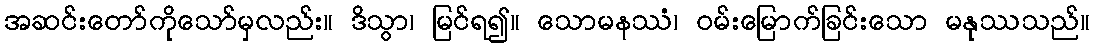
အဆင်းတော်ကိုသော်မှလည်း။ ဒိသွာ၊ မြင်ရ၍။ သောမနဿံ၊ ဝမ်းမြောက်ခြင်းသော မနုဿသည်။